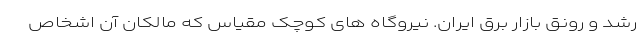
رشد و رونق بازار برق ایران. نیروگاه های کوچک مقیاس که مالکان آن اشخاص